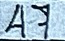
47